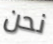
نحن